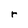
Character: r